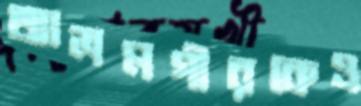
আলমগীরকেও